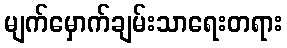
မျက်မှောက်ချမ်းသာရေးတရား